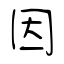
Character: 因